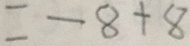
= - 8 + 8